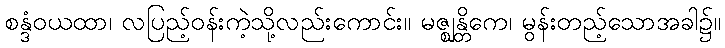
စန္ဒံဝယထာ၊ လပြည့်ဝန်းကဲ့သို့လည်းကောင်း။ မဇ္ဈန္တိကေ၊ မွန်းတည့်သောအခါ၌။